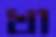
খা